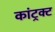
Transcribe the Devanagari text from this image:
कांट्रक्ट